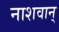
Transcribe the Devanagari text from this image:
नाशवान्‌